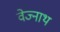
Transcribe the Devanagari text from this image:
वेज्नाथ